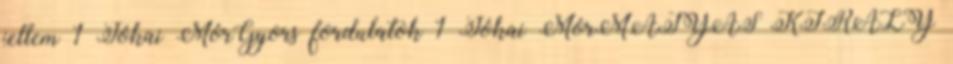
jellem 1 Jókai MórGyors fordulatok 1 Jókai MórMÁTYÁS KIRÁLY